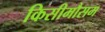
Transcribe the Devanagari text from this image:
किसीमौसम